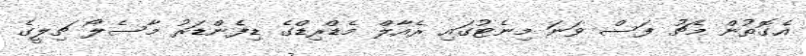
އެގޮތުން މެޗު ފަސް ވަނަ މިނެޓުގައި ރެއާލް މެޑްރިޑްގެ ޑިފެންޑަރު މާސެލޯ ޗިލީގެ